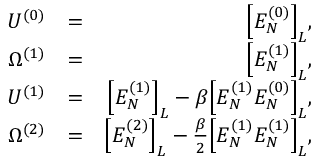
\begin{array} { r l r } { U ^ { ( 0 ) } } & { = } & { \Big [ E _ { N } ^ { ( 0 ) } \Big ] _ { L } , } \\ { \Omega ^ { ( 1 ) } } & { = } & { \Big [ E _ { N } ^ { ( 1 ) } \Big ] _ { L } , } \\ { U ^ { ( 1 ) } } & { = } & { \Big [ E _ { N } ^ { ( 1 ) } \Big ] _ { L } - \beta \Big [ E _ { N } ^ { ( 1 ) } E _ { N } ^ { ( 0 ) } \Big ] _ { L } , } \\ { \Omega ^ { ( 2 ) } } & { = } & { \Big [ E _ { N } ^ { ( 2 ) } \Big ] _ { L } - \frac { \beta } { 2 } \Big [ E _ { N } ^ { ( 1 ) } E _ { N } ^ { ( 1 ) } \Big ] _ { L } , } \end{array}